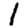
Digit: 1